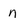
Character: n